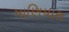
પાણિયારા